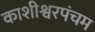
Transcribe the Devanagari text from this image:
काशीश्वरपंचम